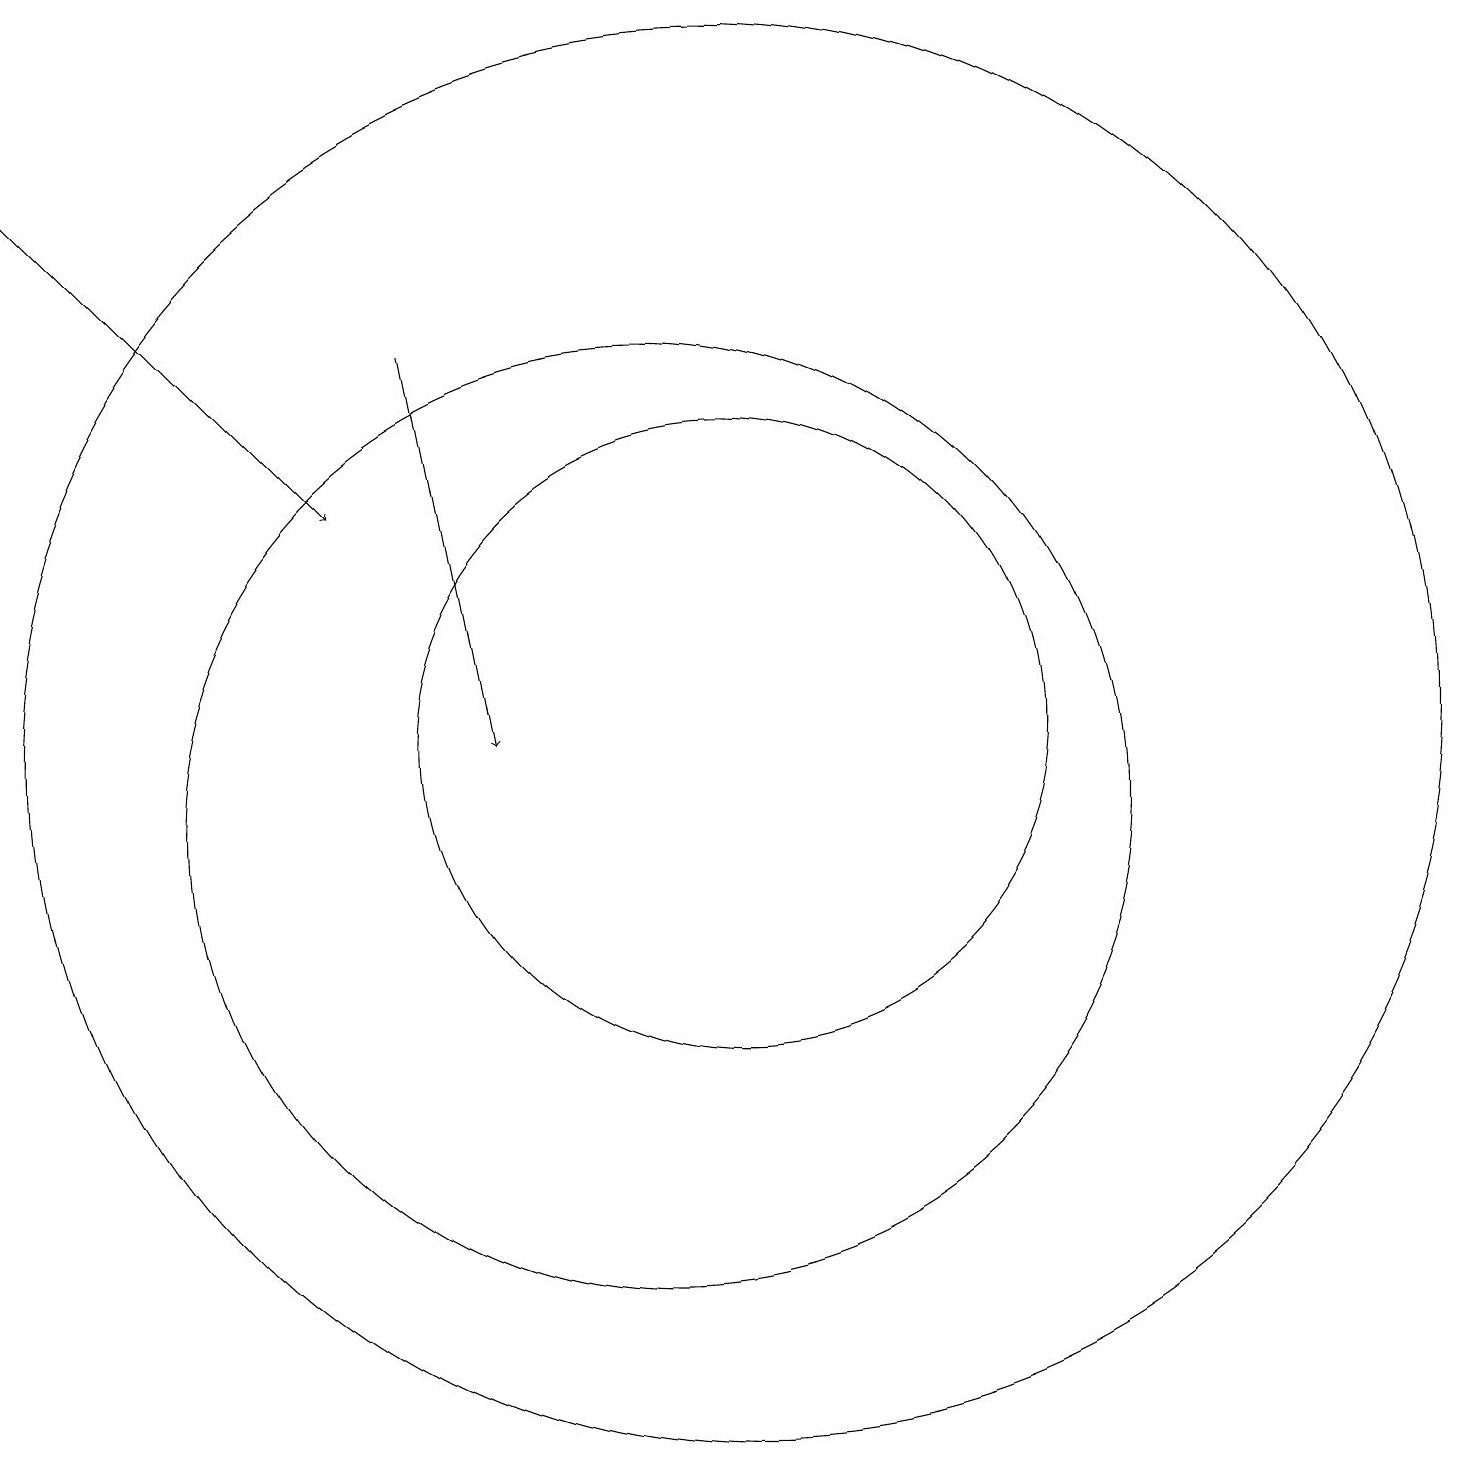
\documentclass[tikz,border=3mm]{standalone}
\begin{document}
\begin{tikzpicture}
\draw[->] (7,16) -- (8,11);
\draw (11,11) circle (9);
\draw (10,10) circle (6);
\draw (11,11) circle (4);
\draw[->] (2,18) -- (6,14);
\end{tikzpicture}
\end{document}